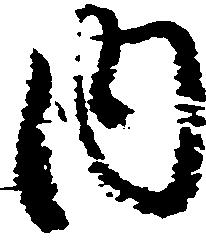
内